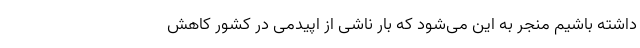
داشته باشیم منجر به این می‌شود که بار ناشی از اپیدمی در کشور کاهش